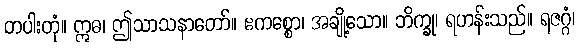
တပါးတုံ။ ဣဓ၊ ဤသာသနာတော်။ ဧကစ္စော၊ အချို့သော။ ဘိက္ခု၊ ရဟန်းသည်။ ရဇဂ္ဂံ၊